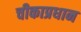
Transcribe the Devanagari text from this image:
चीकाप्रधान